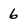
Character: 6